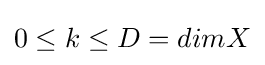
0\leq k\leq D=dimX